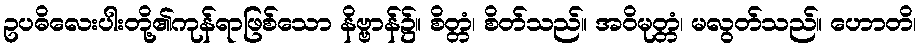
ဥပဓိလေးပါးတို့၏ကုန်ရာဖြစ်သော နိဗ္ဗာန်၌။ စိတ္တံ၊ စိတ်သည်။ အဝိမုတ္တံ၊ မလွတ်သည်။ ဟောတိ၊